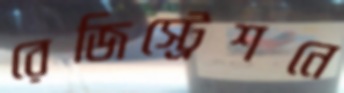
রেজিস্ট্রেশনে